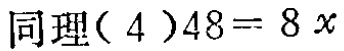
同理(4)$48 = 8x$